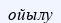
ойылу